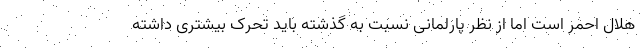
هلال احمر است اما از نظر پارلمانی نسبت به گذشته باید تحرک بیشتری داشته